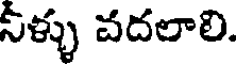
నీళ్ళు వదలాలి.